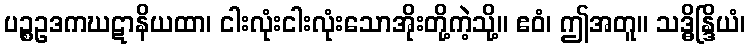
ပဉ္စဥဒကဃဋာနိယထာ၊ ငါးလုံးငါးလုံးသောအိုးတို့ကဲ့သို့။ ဧဝံ၊ ဤအတူ။ သဒ္ဓိန္ဒြိယံ၊